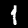
Label: 1